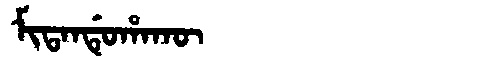
Manchu: ᠮᡳᡨᠠᠨᡩᡠᡥᠠᡴᡡ
Romanization: MITANDUHAKŪ